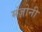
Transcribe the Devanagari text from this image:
मंज़ोनी